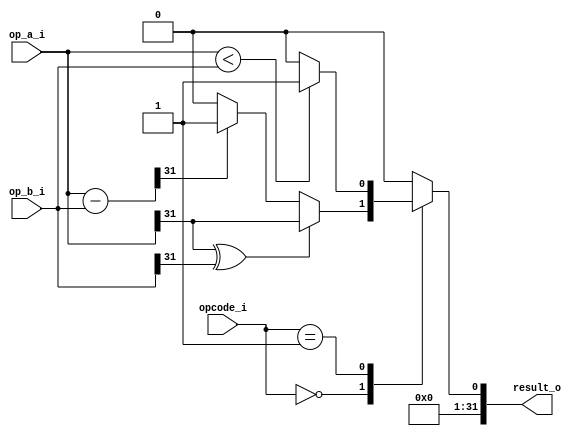
`timescale 1ns / 1ps
//////////////////////////////////////////////////////////////////////////////////
// Company: 
// Engineer: 
// 
// Design Name: 
// Module Name: compare_unit
// Project Name: 
// Target Devices: 
// Tool Versions: 
// Description: 
// RI
// Dependencies: 
// 
// Revision:
// Revision 0.01 - File Created
// Additional Comments:
// 
//////////////////////////////////////////////////////////////////////////////////
module compare_unit #(
    parameter SIGNED                = 2'b00,
    parameter UNSIGNED              = 2'b01,
    parameter OTHERS                = 32'h0,
    parameter SIGNED_LT             = 32'h1,
    parameter UNSIGNED_LT           = 32'h1,
    parameter UNKNOWN_OPCODE_RESULT = 32'h0
)
(
    input      [31:0] op_a_i,
    input      [31:0] op_b_i,
    input      [1:0]  opcode_i,
    output reg [31:0] result_o
    );
    reg [31:0] tmp;
    always@(*) begin
        case(opcode_i)
            SIGNED: begin
                tmp = op_a_i - op_b_i;
                // 
                if(op_a_i[31]^op_b_i[31])
                    result_o = op_a_i[31];
                else
                    result_o = (tmp[31]==1'b1)?SIGNED_LT:OTHERS;
            end
            UNSIGNED: begin
                result_o = (op_a_i < op_b_i)?UNSIGNED_LT:OTHERS;
            end
            default:
                result_o = UNKNOWN_OPCODE_RESULT;
        endcase
    end
endmodule